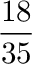
\frac { 1 8 } { 3 5 }